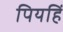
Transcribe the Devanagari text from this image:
पियहिं